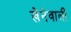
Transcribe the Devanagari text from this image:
खेनेवाली